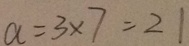
a = 3 \times 7 = 2 1